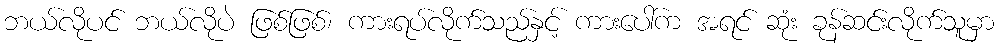
ဘယ်လိုပင် ဘယ်လိုပဲ ဖြစ်ဖြစ်၊ ကားရပ်လိုက်သည်နှင့် ကားပေါ်က အရင် ဆုံး ခုန်ဆင်းလိုက်သူမှာ